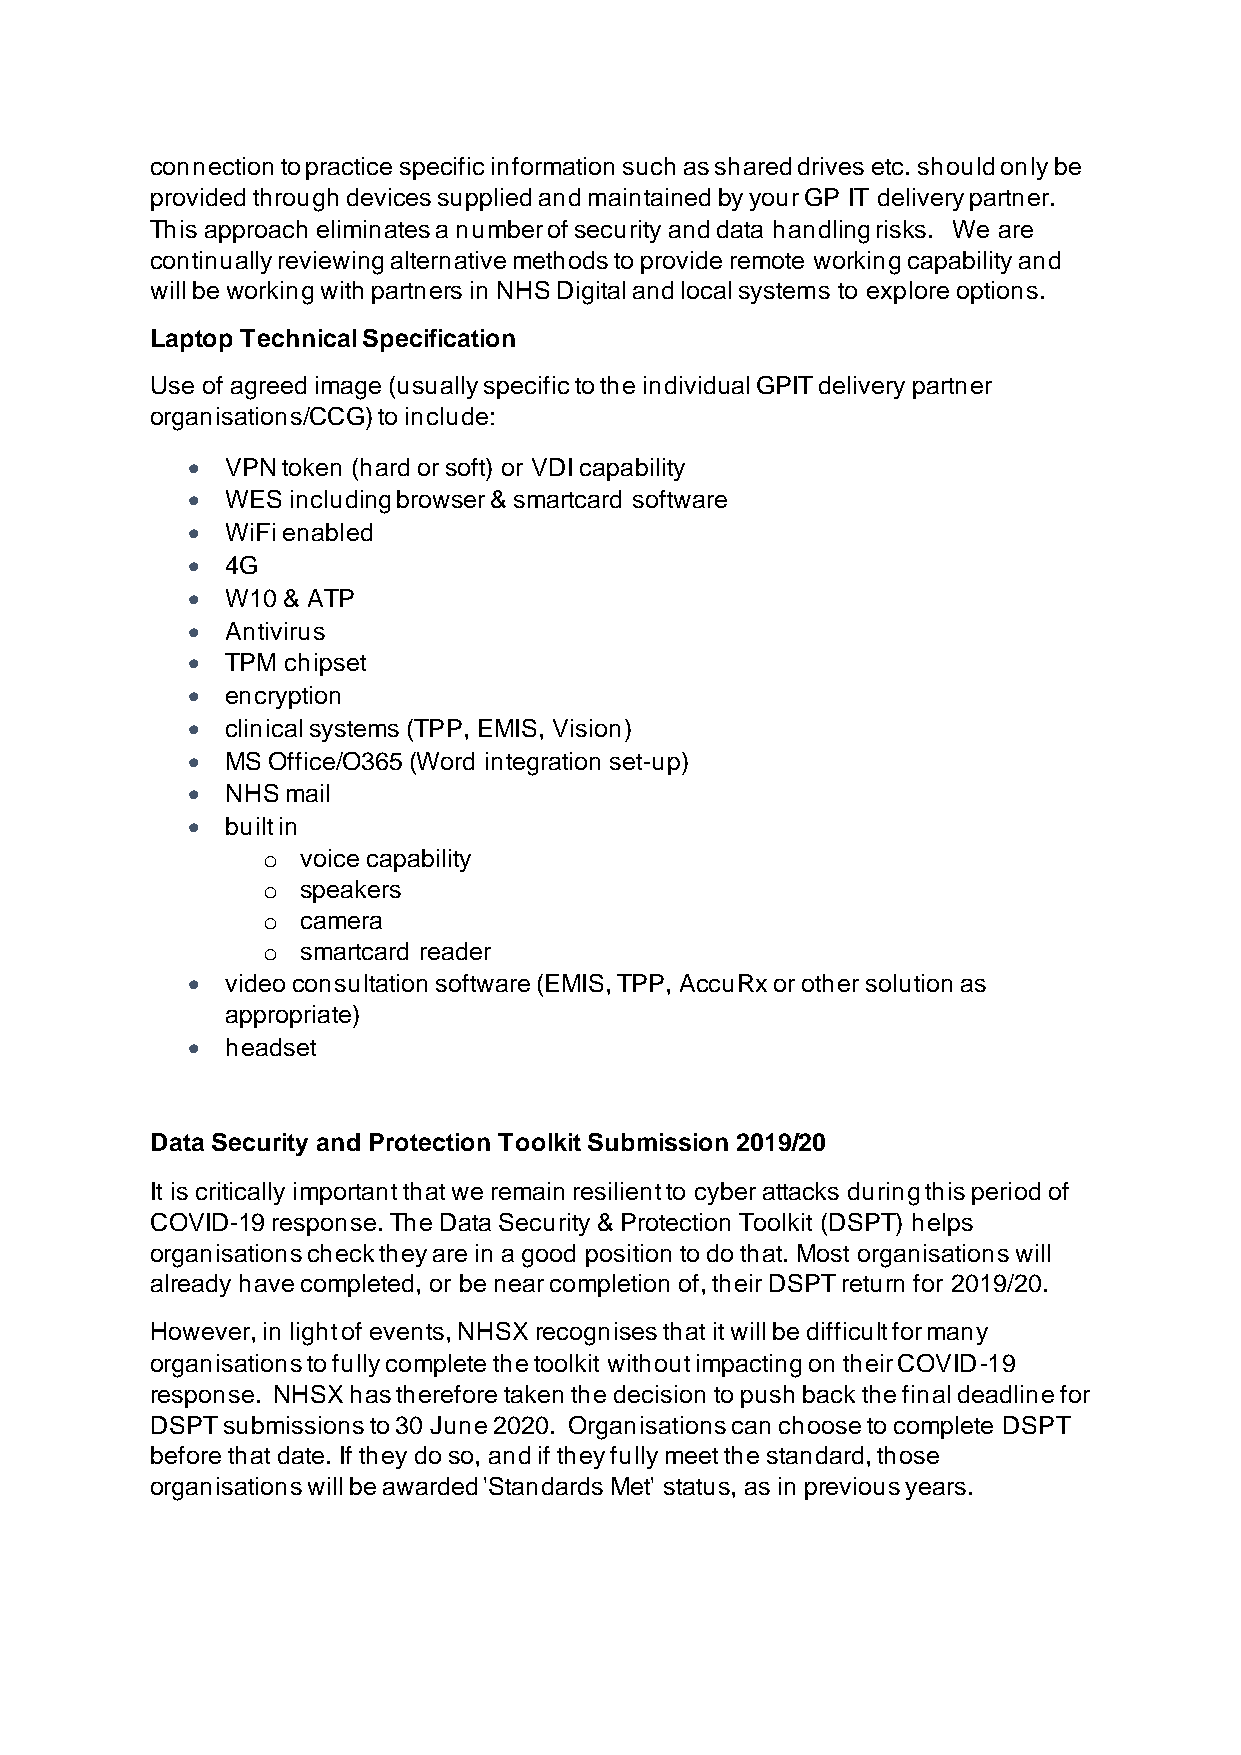
connection to practice specific information such as shared drives etc. should only be
 provided through devices supplied and maintained by your GP IT delivery partner.
 This approach eliminates a number of security and data handling risks. We are
 continually reviewing alternative methods to provide remote working capability and
 will be working with partners in NHS Digital and local systems to explore options.
 Laptop Technical Specification
 Use of agreed image (usually specific to the individual GPIT delivery partner
 organisations/CCG) to include:
 •  VPN token (hard or soft) or VDI capability
 •  WES including browser & smartcard software
 •  WiFi enabled
 •  4G
 •  W10 & ATP
 •  Antivirus
 •  TPM chipset
 •  encryption
 •  clinical systems (TPP, EMIS, Vision)
 •  MS Office/O365 (Word integration set-up)
 •  NHS mail
 •  built in
 o  voice capability
 o  speakers
 o  camera
 o  smartcard reader
 •  video consultation software (EMIS, TPP, AccuRx or other solution as
 appropriate)
 •  headset
 Data Security and Protection Toolkit Submission 2019/20
 It is critically important that we remain resilient to cyber attacks during this period of
 COVID-19 response. The Data Security & Protection Toolkit (DSPT) helps
 organisations check they are in a good position to do that. Most organisations will
 already have completed, or be near completion of, their DSPT return for 2019/20.
 However, in light of events, NHSX recognises that it will be difficult for many
 organisations to fully complete the toolkit without impacting on their COVID-19
 response. NHSX has therefore taken the decision to push back the final deadline for
 DSPT submissions to 30 June 2020. Organisations can choose to complete DSPT
 before that date. If they do so, and if they fully meet the standard, those
 organisations will be awarded 'Standards Met' status, as in previous years.